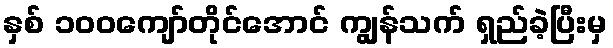
နှစ် ၁၀၀ကျော်တိုင်အောင် ကျွန်သက် ရှည်ခဲ့ပြီးမှ